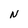
Character: N